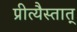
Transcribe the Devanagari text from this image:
प्रीत्यैस्तात्